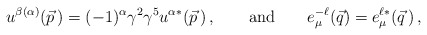
\begin{align*}u^{\beta(\alpha)}(\vec{p}\,) = (-1)^\alpha \gamma^2 \gamma^5 u^{\alpha*}(\vec{p}\,) \,, \qquad {\rm and} \qquad e^{-\ell}_\mu(\vec{q}) = e^{\ell *}_\mu(\vec{q}\,) \,, \end{align*}